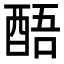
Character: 𮠬